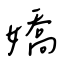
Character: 嬌